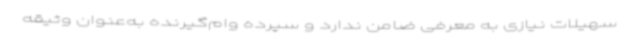
سهیلات نیازی به معرفی ضامن ندارد و سپرده وام‌گیرنده به‌عنوان وثیقه